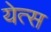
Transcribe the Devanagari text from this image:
येत्स